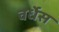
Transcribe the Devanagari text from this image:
वर्धेस